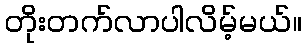
တိုးတက်လာပါလိမ့်မယ်။